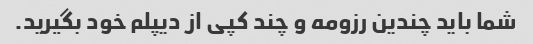
شما باید چندین رزومه و چند کپی از دیپلم خود بگیرید.